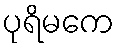
ပုရိမကေ